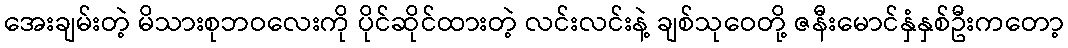
အေးချမ်းတဲ့ မိသားစုဘဝလေးကို ပိုင်ဆိုင်ထားတဲ့ လင်းလင်းနဲ့ ချစ်သုဝေတို့ ဇနီးမောင်နှံနှစ်ဦးကတော့